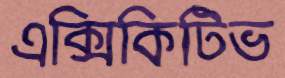
এক্সিকিটিভ